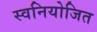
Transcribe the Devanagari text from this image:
स्वनियोजित